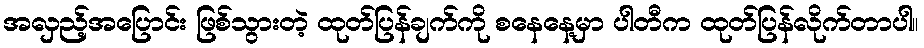
အလှည့်အပြောင်း ဖြစ်သွားတဲ့ ထုတ်ပြန်ချက်ကို စနေနေ့မှာ ပါတီက ထုတ်ပြန်လိုက်တာပါ။